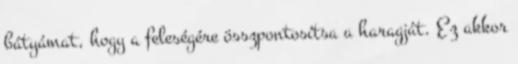
bátyámat, hogy a feleségére összpontosítsa a haragját. Ez akkor